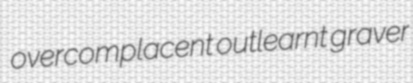
overcomplacent outlearnt graver